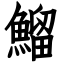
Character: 鰡